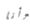
وأنا